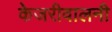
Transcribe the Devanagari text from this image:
केजरीवालनी